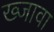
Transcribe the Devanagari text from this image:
ख्जावा